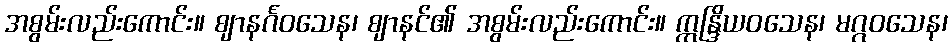
အစွမ်းလည်းကောင်း။ ဈာနင်္ဂဝသေန၊ ဈာနင်၏ အစွမ်းလည်းကောင်း။ ဣန္ဒြိယဝသေန၊ မဂ္ဂဝသေန၊